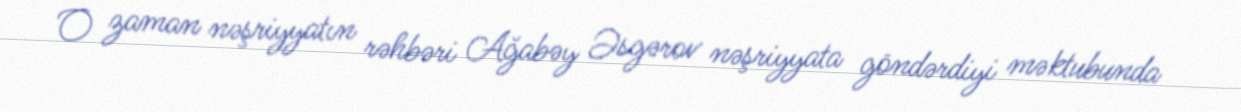
O zaman nəşriyyatın rəhbəri Ağabəy Əsgərov nəşriyyata göndərdiyi məktubunda